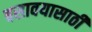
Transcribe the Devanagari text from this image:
बसावयासाठी